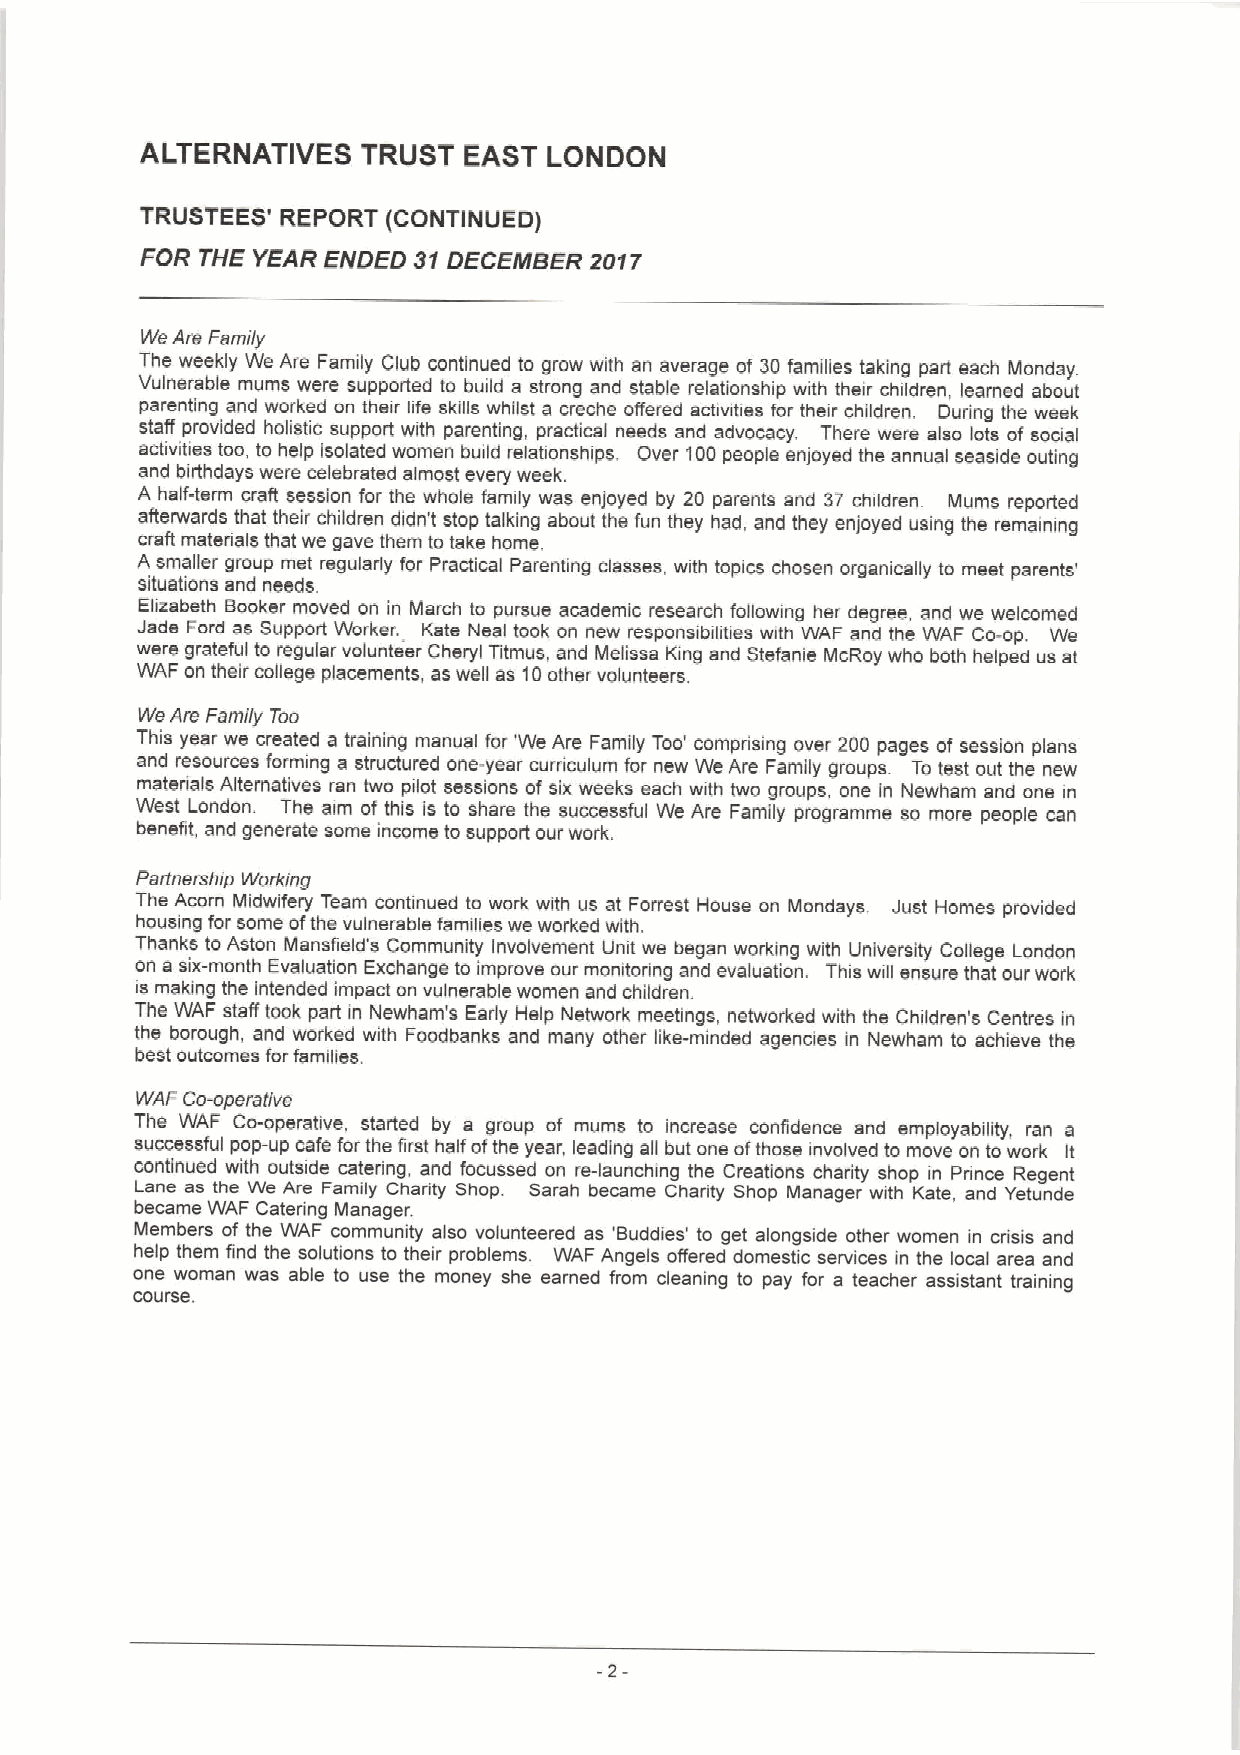
ALTERNATIVES   TRUST  EAST LONDON
 TRUSTEES' REPORT (CONTINUED)
 FOR THE YEAR ENDED 31DECEMBER 2017
 WeAre Family
 The weekly We Are Family Club continued to grow with an average of 30 families taking part each Monday
 Vulnerable mums were supported to build a strong and stable relationship with their children, learned about
 parenting and worked on their life skills whilst a creche offered actiwties for their children. During the week
 staff provided holistic support with parenting, practical needs and advocacy. There were also lots of soixal
 activities toc, tc help isolated women build relationships, Over 100people enjoyed the annual seaside outing
 and birthdays were celebrated almost every week.
 A half-term craft session for the whole family was enjoyed by 20 parents and 37 children. Mums reported
 aRetwards that their children didn't stop talking about the fun they had, and they enjoyed using the remaining
 craR materials that we gave them to take home,
 A smaller group met regularly for Practical Parenting classes, with topics chosen organically to meet parents'
 situations and needs.
 Elizabeth Booker moved on in March to pursue academic research following her degree, and we welcomed
 Jade Ford as Support Worker. Kate Neal took on new responsibilities with WAF and the WAF Co-op. We
 were grateful to regular volunteer Cheryl Titmus, and Melissa King and Stefanie McRoy who both helped us at
 WAF on their college placements, as well as10 other volunteers.
 We Are Family Too
 This year we created a training manual for 'We Are Family Too' comprising over 200 pages of session plans
 and resources forming a structured one-year curiiculum for new We Are Family groups. To test out the new
 materials Alternatives ran two pilot sessions of six weeks each with two groups, one in Newham and one in
 West London. The aim of this is to share the successful We Are Family programme so more people can
 benefit, and generate some income to support our work.
 Partnership Working
 The Acorn Midwifery Team continued tc work with us at Forrest House on Mondays. Just Homes provided
 housing for some ofthe vulnerable families we worked with.
 Thanks to Aston Mansfield's Community Involvement Unit we began workmg with University College London
 on a six-month Evaluation Exchange to improve our monitoring and evaluation. This will ensure that our work
 is making the intended impact on vulnerable women and children.
 The WAF staff took part in Newham's Early Help Network meetings, networked with the Children's Centres in
 the borough, and worked with Foodbanks and many other like-minded agencies in Newham to achieve the
 best outcomes for families.
 WAF Co-operative
 The WAF Co-operative. started by a group of mums to increase confidence and employability, ran a
 successful pop-up cafe for the first half ofthe year, leading all but one ofthose involved to move on to work It
 continued with outside catering, and focussed on re-launchmg the Creations charity shop in Prinos Regent
 Lane as the we Are Family Charity Shop. sarah became Charity Shop Manager with Kate, and Yetunde
 became WAF Catering Manager.
 Members of the WAF community also volunteered as 'Buddies' to get alongside other women in crisis and
 help them find the solutions to their problems. WAF Angels ofl'ared domestic services in the local area and
 one woman was able tc use the money she earned from cleaning to pay for a teacher assistant training
 course.